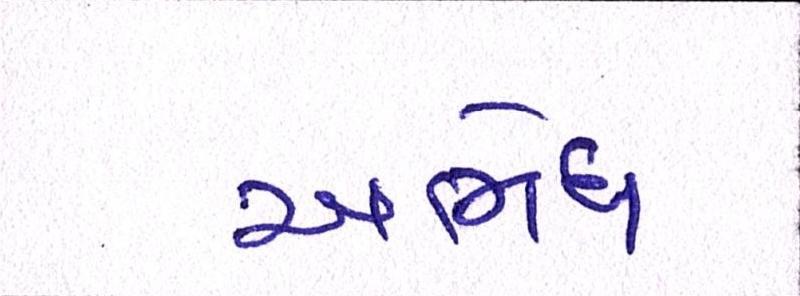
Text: અભેધ